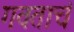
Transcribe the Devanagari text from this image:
गवताचं